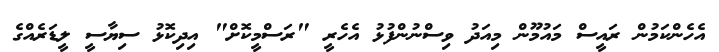
އެހެންކަމުން ރައީސް މައުމޫން މިއަދު ވިސްނުންފުޅު އެހެރީ "ރަސްމީކޮށް" އިދިކޮޅު ސިޔާސީ ލީޑަރެއްގެ